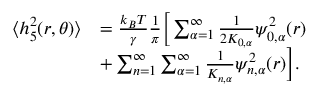
\begin{array} { r l } { \langle h _ { 5 } ^ { 2 } ( r , \theta ) \rangle } & { = \frac { k _ { B } T } { \gamma } \frac { 1 } { \pi } \Big [ \sum _ { \alpha = 1 } ^ { \infty } \frac { 1 } { 2 K _ { 0 , \alpha } } \psi _ { 0 , \alpha } ^ { 2 } ( r ) } \\ & { + \sum _ { n = 1 } ^ { \infty } \sum _ { \alpha = 1 } ^ { \infty } \frac { 1 } { K _ { n , \alpha } } \psi _ { n , \alpha } ^ { 2 } ( r ) \Big ] . } \end{array}